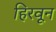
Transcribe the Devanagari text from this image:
हिरवून